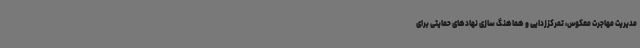
مدیریت مهاجرت معکوس، تمرکززدایی و هماهنگ سازی نهادهای حمایتی برای